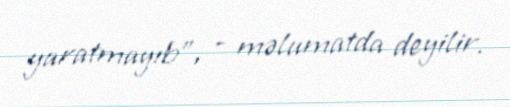
yaratmayıb”, - məlumatda deyilir.